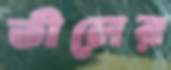
তীলের